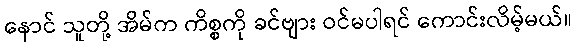
နောင် သူတို့ အိမ်က ကိစ္စကို ခင်ဗျား ဝင်မပါရင် ကောင်းလိမ့်မယ်။